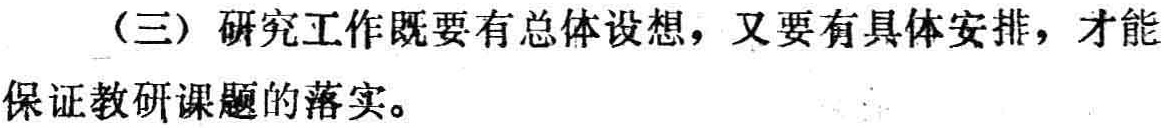
（三）研究工作既要有总体设想，又要有具体安排，才能保证教研课题的落实。